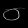
Digit: ၀